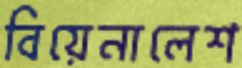
বিয়েনালেশ